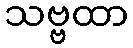
သဗ္ဗထာ